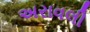
અરાવલી